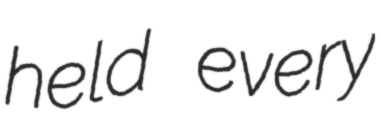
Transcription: held every